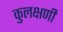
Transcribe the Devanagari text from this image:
कुलक्षणी